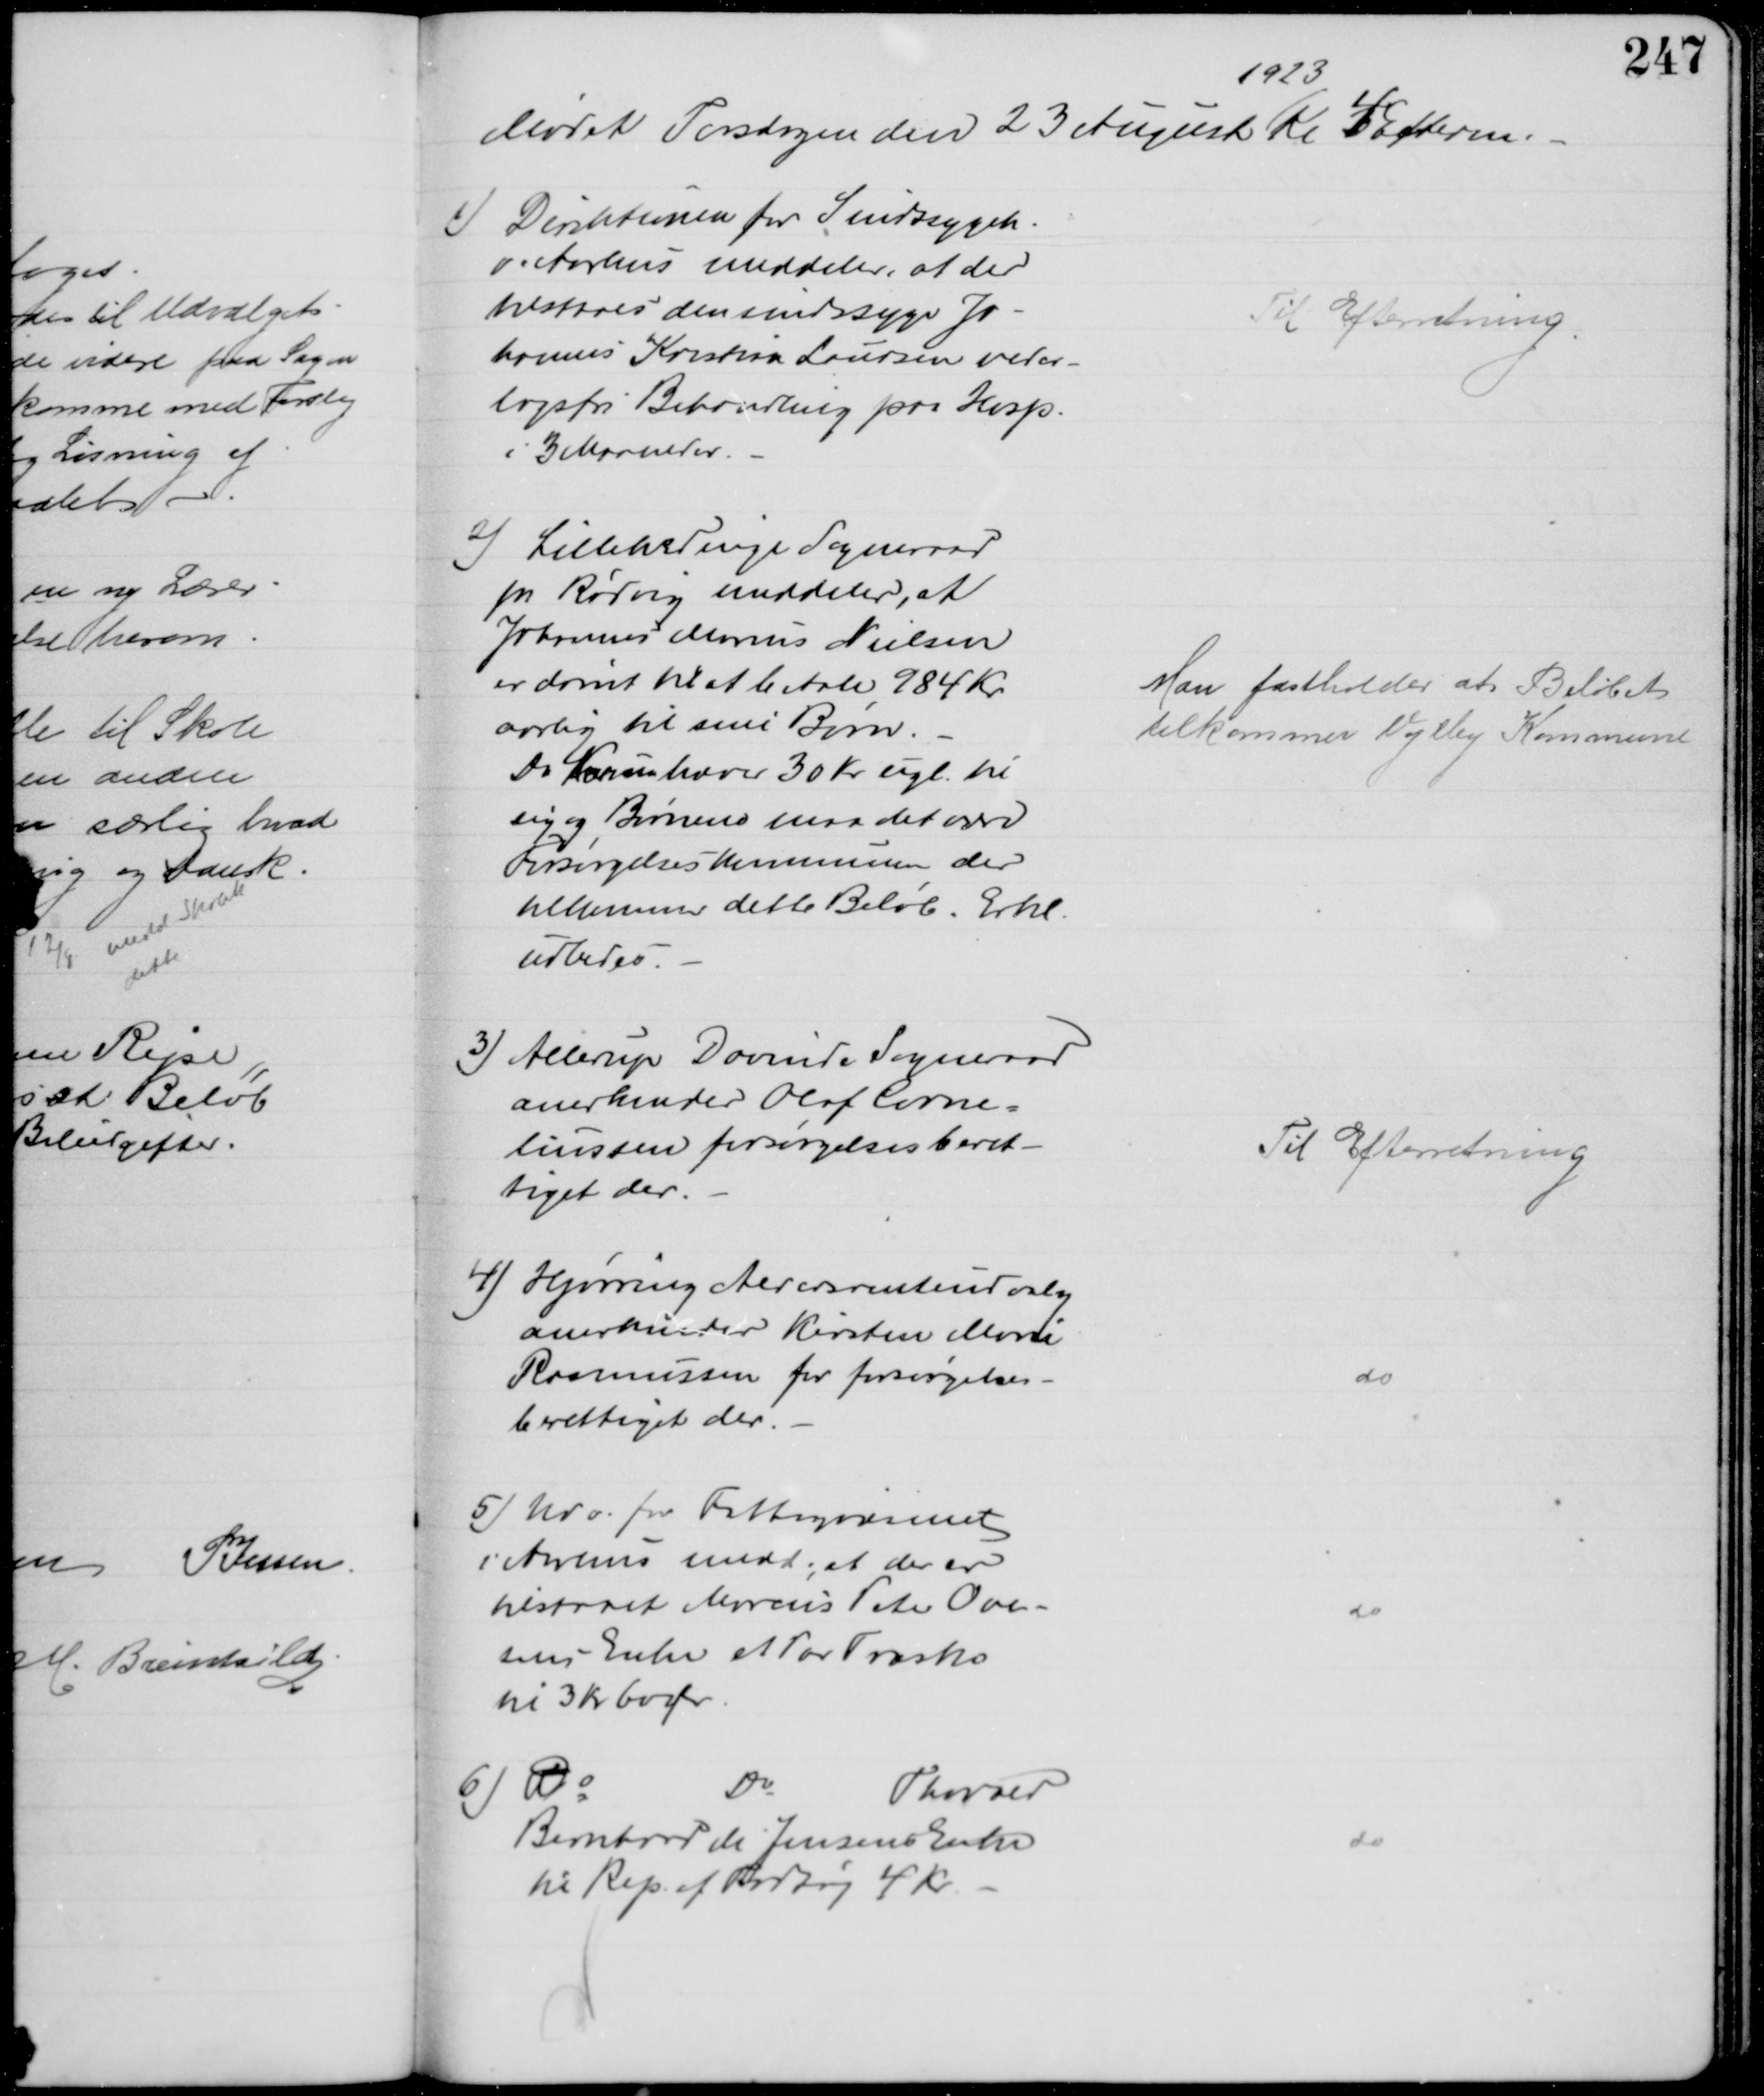
Transskription:
Mødet Torsdagen den 23 August 
1923
Kl 4 Efterm.
1) Direktionen for Sindssygeh.
v. Aarhus meddeler, at der 
tilstaaes den sindssyge Jo-
hannes Kristian Laursen veder-
lagsfri Behandling paa Hosp.
i 3 Maaneder.
Til Efterretning
2)
Lille Hedinge Sogneraad
pr Rødvig meddeler, at
Johannes Marius Nielsen
er dømt til at betale 984 Kr.
aarlig til sine Børn.
Da Konen hæver 30 Kr ugl. til
sig og Børnene maa det være
Forsørgelseskommunen der
tilkommer dette Beløb. Erkl.
udbedes.
Man fastholder at Beløbet
tilkommer Vejlby Kommune
3) Allerup Davinde Sogneraad
anerkender Olaf Corne=
liussen forsørgelsesberet-
tiget der.
Til Efterretning
4) Hjørring Aldersrenteudvalg
anerkender Kirsten Marie
Rasmussen for forsørgelses-
berettiget der.
do
5) Udv. for Fattigvæsenet
i Aarhus medd, at der er
tilstaaet Marius Peter Ove-
sens Enke et Par Træsko
til 3 Kr 60 Ør
do
6) Do
Do
Thorvald
Bernhard M Jensens Enke
til Rep. af Fodtøj 4 Kr.
do